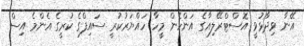
އޭނާ ވިދާޅުވީ އޮސްޓްރޭލިއާގެ އަންހެން މީހާ ހައްޔަރުކުރީ ސައިފްގެ ކުރީގެ އެންމެ އިސް